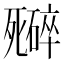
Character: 𬆜